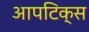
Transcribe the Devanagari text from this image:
आपटिक्स